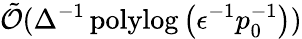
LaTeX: \tilde{\mathcal{O}}(\Delta^{-1}\operatorname{polylog}\left(\epsilon^{-1}p_{0}^{-1}\right))